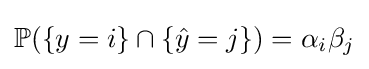
\mathbb {P} (\{y=i\}\cap \{{\hat {y}}=j\})=\alpha _{i}\beta _{j}